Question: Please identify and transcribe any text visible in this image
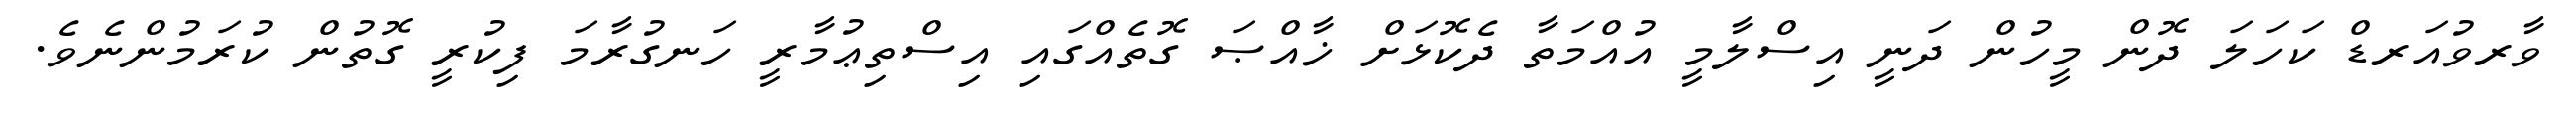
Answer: ވާރވުއަރޑް ކަހަލަ ދޮން މީހުން ދަނީ އިސްލާމީ އުއްމަތާ ދެކޮޅަށް ޚާއްޞަ ގޮތެއްގައި އިސްތިޢުމާރީ ހަނގުރާމަ ފިކުރީ ގޮތުން ކުރަމުންނެވެ.